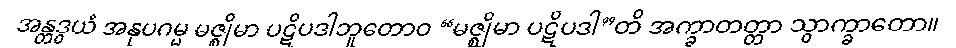
အန္တဒွယံ အနုပဂမ္မ မဇ္ဈိမာ ပဋိပဒါဘူတောဝ “မဇ္ဈိမာ ပဋိပဒါ”တိ အက္ခာတတ္တာ သွာက္ခာတော။